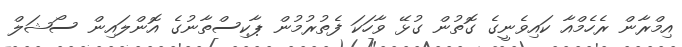
އިމްރާން ރެހެމްއާ ކައިވެނީގެ ގޮތުން ގުޅޭ ވާހަކަ ފެތުރުމުން ޕާކިސްތާނުގެ އޮންލައިން ސޯޝަލް